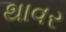
થાવર